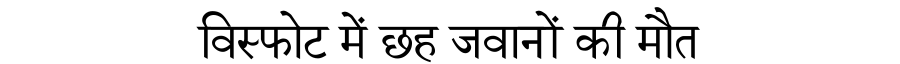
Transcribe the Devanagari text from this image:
विस्फोट में छह जवानों की मौत